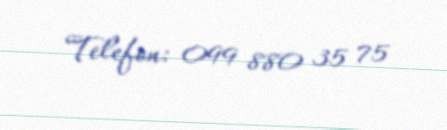
Telefon: 099 880 35 75